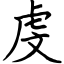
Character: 虔